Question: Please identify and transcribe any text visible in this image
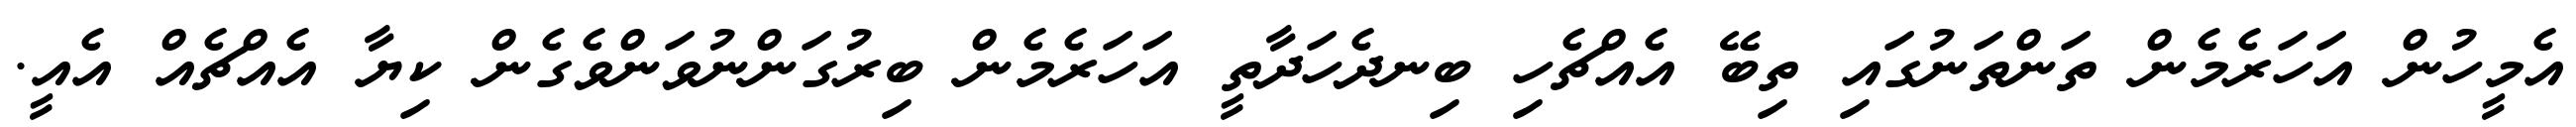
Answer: އެމީހުން އަހަރެމެން ތަންތަނުގައި ތިބޭ އެއްޗެހި ބިނދެހަދާތީ އަހަރެމެން ބިރުގަންނުވަންވެގެން ކިޔާ އެއްޗެއް އެއީ.